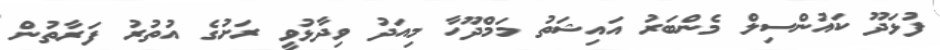
ފުޅަދޫ ކައުންސިލް މެންބަރު އައިޝަތު މަމްދޫހާ މިއަދު ވިދާޅުވީ ރަށުގެ އުތުރު ފަރާތުން